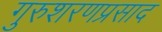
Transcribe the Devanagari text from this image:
गुरुशरणप्रसाद